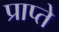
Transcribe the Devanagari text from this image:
प्राप्ते